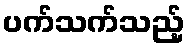
ပက်သက်သည့်